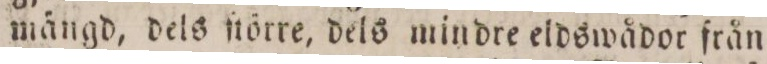
mängd, dels ſtörre, dels mindre eldswådor från